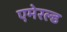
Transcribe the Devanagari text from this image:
एमेरल्ड